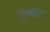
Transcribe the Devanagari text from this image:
एन्थेंस